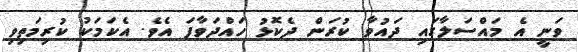
ވަނީ އެ މައްސަލާގައި ދައުވާ ކުރަން ދެކޮޅު ހައްދަވާފަ އެވެ. އެކަމަކު ކުރިމަތިވި